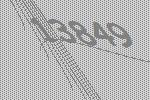
13849